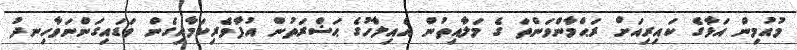
މުއުމިން އަޅާގެ ކައިރިއަށް ރަޙްމާންވަންތަ ގެ މަލާއިތުން އެއިލާހުގެ ޙަޟްރަތުން އުފާވެރިކަމާއިގެން ވަޑައިގަންނަވާހިނދު